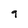
Character: 9